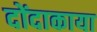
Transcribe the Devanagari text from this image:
दोंदाकाया